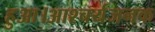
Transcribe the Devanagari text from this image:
हुआ।आश्चर्यजनक